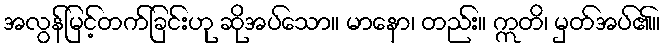
အလွန်မြင့်တက်ခြင်းဟု ဆိုအပ်သော။ မာနော၊ တည်း။ ဣတိ၊ မှတ်အပ်၏။